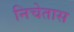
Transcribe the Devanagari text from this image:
निचेतास